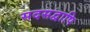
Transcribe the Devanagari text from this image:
सदसद्वापि